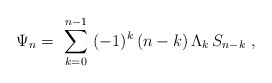
\begin{align*}\Psi_n = \ \sum_{k=0}^{n-1} \ (-1)^k\, (n-k)\, \Lambda_k\, S_{n-k}\ ,\end{align*}